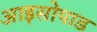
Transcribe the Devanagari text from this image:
आइसोपाड